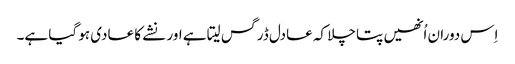
اِس دوران اُنھیں پتا چلا کہ عادل ڈرگس لیتا ہے اور نشے کا عادی ہو گیا ہے۔